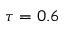
\tau = 0 . 6